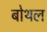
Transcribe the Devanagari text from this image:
बोथल